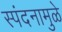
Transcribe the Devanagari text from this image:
स्पंदनामुळे